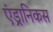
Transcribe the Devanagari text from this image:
एंड्रानिकस